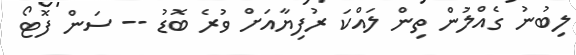
ލިބުނު ގެއްލުން ތިން ލައްކަ ރުފިޔާއަށް ވުރެ ބޮޑު -- ސަން ފޮޓޯ